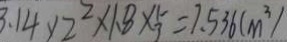
3 . 1 4 \times 2 ^ { 2 } \times 1 . 8 \times \frac { 5 } { 3 } = 7 . 5 3 6 ( m ^ { 3 } )